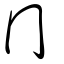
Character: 冪